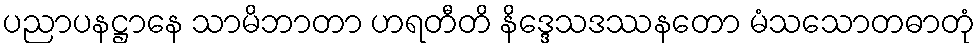
ပညာပနဋ္ဌာနေ သာမိဘာတာ ဟရတီတိ နိဒ္ဒေသဒဿနတော မံသသောတဓာတုံ